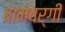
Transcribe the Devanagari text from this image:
बामवर्गी